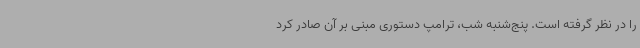
را در نظر گرفته است. پنج‌شنبه شب، ترامپ دستوری مبنی بر آن صادر کرد